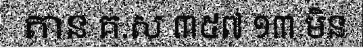
តាន គ.ស ៣៥៧ ១៣ មិន